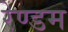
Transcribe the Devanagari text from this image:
रेण्डम